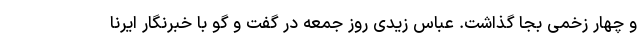
و چهار زخمی بجا گذاشت. عباس زیدی روز جمعه در گفت و گو با خبرنگار ایرنا